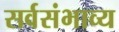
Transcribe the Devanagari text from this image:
सर्वसंभाव्य